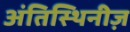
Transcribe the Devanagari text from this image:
अंतिस्थिनीज़